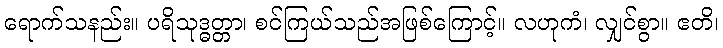
ရောက်သနည်း။ ပရိသုဒ္ဓတ္တာ၊ စင်ကြယ်သည်အဖြစ်ကြောင့်။ လဟုကံ၊ လျှင်စွာ။ ဧတိ၊